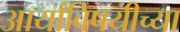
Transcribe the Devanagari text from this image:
आर्यांविषयीच्या